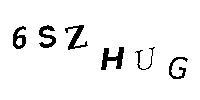
6SZHUG